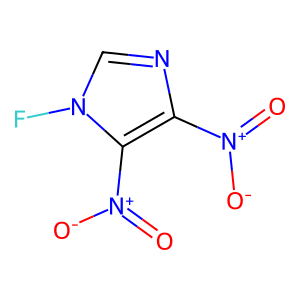
SMILES: O=[N+]([O-])c1ncn(F)c1[N+](=O)[O-]
Inhibits HIV replication: No